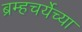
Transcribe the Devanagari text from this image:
ब्रम्हचर्येच्या